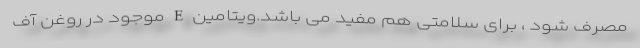
مصرف شود ، برای سلامتی هم مفید می باشد.ویتامین E موجود در روغن آف